Report on sanitation, dispensaries, and jails in Rajputana for 1911, and on vaccination for the year 1911-1912 - 1911-1912
Year: 1911
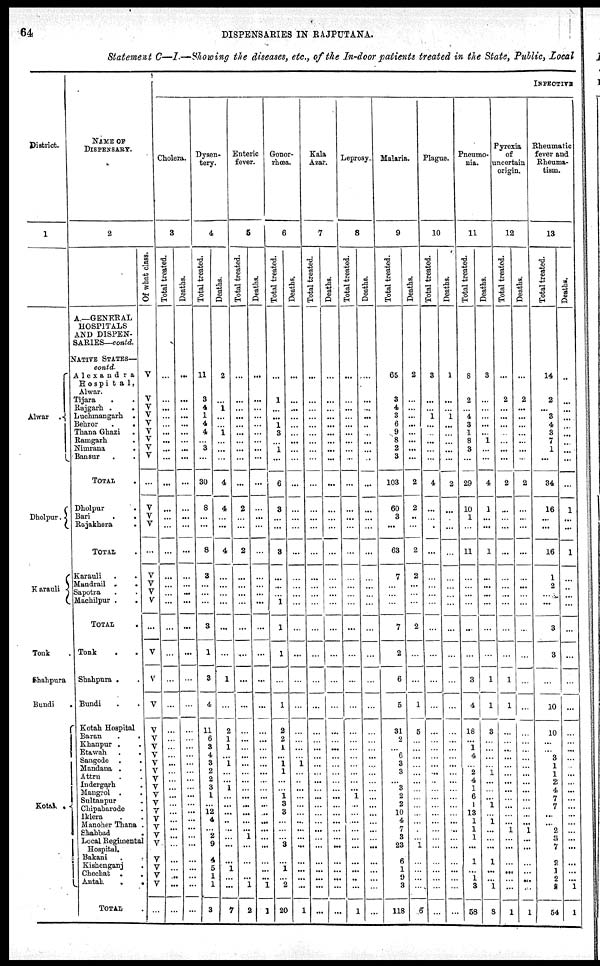
64
DISPENSARIES IN RAJPUTANA.
Statement C—I.—Showing the diseases, etc., of the In-door patients treated in the State, Public, Local
District.
1
Alwar .
Dholpur.
Karauli
Tonk .
Shahpura
Bundi .
Kotah .
NAME OF
DISPENSARY.
2
A.—GENERAL
HOSPITALS
AND DISPEN-
SARIES—contd.
NATIVE STATES—
contd.
Alexandra Hospital,
Alwar.
Tijara . .
Rajgarh .
.
Luchmangarh .
Behror
.
.
Thana Ghazi .
Ramgarh .
Nimrana .
Bansur . .
TOTAL .
Dholpur .
Bari
.
.
Rajakhera
.
TOTAL .
Karauli . .
Mandrail .
.
Sapotra . .
Machilpur . .
TOTAL .
Tonk . .
Shahpura . .
Bundi . .
Kotah Hospital
Baran
.
.
Khanpur . .
Etawah .
.
Sangode . .
Mandana . .
Attru . .
Indergarh .
Mangrol . .
Sultanpur .
Chipabarode .
Iklera . .
Manoher Thana .
Shahbad .
Local Regimental
Hospital.
Bakani .
Kishenganj .
Chechat . .
Antah
. .
TOTAL .
Of what class.
V
V
V
V
V
V
V
V
V
...
V
V
V
...
V
V
V
V
...
V
V
V
V
V
V
V
V
V
V
V
V
V
V
V
V
V
V
V
V
V
V
...
INFECTIVE
Cholera.
3
Total treated.
...
...
...
...
...
...
...
...
...
...
...
...
...
...
...
...
...
...
...
...
...
...
...
...
...
...
...
...
...
...
...
...
...
...
...
...
...
...
...
...
...
...
Deaths.
...
...
...
...
...
...
...
...
...
...
...
...
...
...
...
...
...
...
...
...
...
...
...
...
...
...
...
...
...
... ...
...
...
...
...
...
...
...
...
..
...
...
Dysen¬
tery.
4
Total treated.
11
3
4
1
4
4
...
3
...
30
8
...
...
8
3
...
...
...
3
1
3
4
11
6
3
4
3
2
2
3
1
...
12
4
...
2
9
4
5
1
1
3
Deaths.
2
...
1
...
...
1
...
...
...
4
4
...
...
4
...
...
...
...
...
...
1
...
2
1
1
...
1
...
...
1
...
...
...
...
...
...
...
...
1
...
...
7
Enteric
fever.
5
Total treated.
...
...
...
...
...
...
...
...
...
...
2
...
...
2
...
...
...
...
...
...
...
...
...
...
...
...
...
...
...
...
...
...
...
...
...
1
...
...
...
...
1
2
Deaths.
...
...
...
...
...
...
...
...
...
...
...
...
...
...
...
...
...
...
...
...
...
...
...
...
...
...
...
...
...
...
...
...
...
...
...
...
...
...
...
...
1
1
Gonor-
rhœa.
6
Total treated.
...
1
...
...
1
3
...
1
...
6
3
...
...
3
...
...
...
1
1
1
...
1
2
2
1
...
1
1
...
... 1
3
3
...
...
...
3
...
1
...
2
20
Deaths.
...
...
...
...
...
...
...
...
...
...
...
...
...
...
...
...
...
...
...
...
...
...
...
...
...
...
1
...
...
...
...
...
...
...
...
...
...
...
...
...
...
1
Kala
Azar.
7
Total treated.
...
...
...
...
...
...
...
...
...
...
...
...
...
...
...
...
...
...
...
...
...
...
...
...
...
...
...
...
...
...
...
...
...
...
...
...
...
...
...
...
...
...
Deaths.
...
...
...
...
...
...
...
...
...
...
...
...
...
...
...
...
...
...
...
...
...
...
...
...
...
...
...
...
...
...
...
...
...
...
...
...
...
...
...
...
...
...
Leprosy.
8
Total treated.
...
...
...
...
...
...
...
...
...
...
...
...
...
...
...
...
...
...
...
...
...
...
...
...
...
...
...
...
...
... 1
...
...
...
...
...
...
...
...
...
...
1
Deaths.
...
...
...
...
..
...
...
...
...
...
...
...
...
...
...
...
...
...
...
...
...
...
...
...
...
...
...
...
...
...
...
...
...
...
...
...
...
...
...
...
...
...
Malaria.
9
Total treated.
65
3
4
3
6
9
8
2
3
103
60
3
...
63
7
...
...
...
7
2
6
5
31
2
...
6
3
3
...
3
2
2
10
4
7
3
23
6
1
9
3
118
Deaths.
2
...
...
...
...
...
...
...
...
2
2
..
...
2
2
...
...
...
2
...
...
1
5
...
...
...
...
...
...
...
...
...
...
...
...
...
1
...
...
...
...
6
Plague.
10
Total treated.
3
...
...
1
...
...
...
...
...
4
...
...
.
...
...
...
...
...
...
...
...
...
...
...
...
...
...
...
..
...
...
...
...
...
...
...
...
...
...
...
...
...
Deaths.
1
...
...
1
...
...
...
...
...
2
...
...
...
...
...
...
...
...
...
...
...
...
...
...
...
...
...
...
...
...
...
...
...
...
...
...
...
...
...
...
...
...
Pneumo¬
nia.
11
Total treated.
8
2
...
4
3
1
8
3
...
29
10
1
...
11
...
...
...
...
...
...
3
4
18
...
1
4
... 2
4
1
6
1
13
1
1
1
...
1
...
1
3
58
Deaths.
3
...
...
...
...
...
1
...
...
4
1
...
...
1
...
...
...
...
...
...
1
1
3
...
...
...
... 1
...
...
...
1
...
1
...
...
...
1
...
...
1
8
Pyrexia
of
uncertain
origin.
12
Total treated.
...
2
...
...
...
...
...
...
...
2
...
...
...
...
...
...
...
...
...
...
1
1
...
...
...
...
...
...
...
...
...
...
...
...
1
...
...
...
...
...
...
1
Deaths.
...
2
...
...
...
...
...
...
...
2
...
...
...
...
...
...
...
...
...
...
...
...
...
...
...
...
...
...
...
...
...
...
...
...
1
...
...
...
...
...
...
1
Rheumatic
fever and
Rheuma-
tism.
13
Total treated.
14
2
...
3
4
3
7
1
...
34
16
...
...
16
1
2
...
...
3
3
...
10
10
...
...
3
1
1
2
4
7
7
...
...
2
1
7
2
1
2
2
54
Deaths.
..
...
...
...
...
...
...
...
...
...
1
...
...
1
...
...
...
...
...
...
...
...
...
...
...
...
...
...
...
...
...
...
...
...
...
...
...
...
...
...
1
1